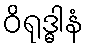
ဝိရုဒ္ဓါနံ